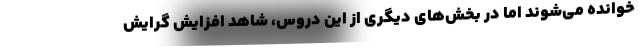
خوانده می‌شوند اما در بخش‌های دیگری از این دروس، شاهد افزایش گرایش